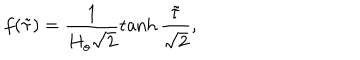
f ( \tilde { \tau } ) = \frac { 1 } { H _ { o } \sqrt { 2 } } \tanh \frac { \tilde { \tau } } { \sqrt { 2 } } ,